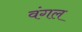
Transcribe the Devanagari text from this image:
वंगल